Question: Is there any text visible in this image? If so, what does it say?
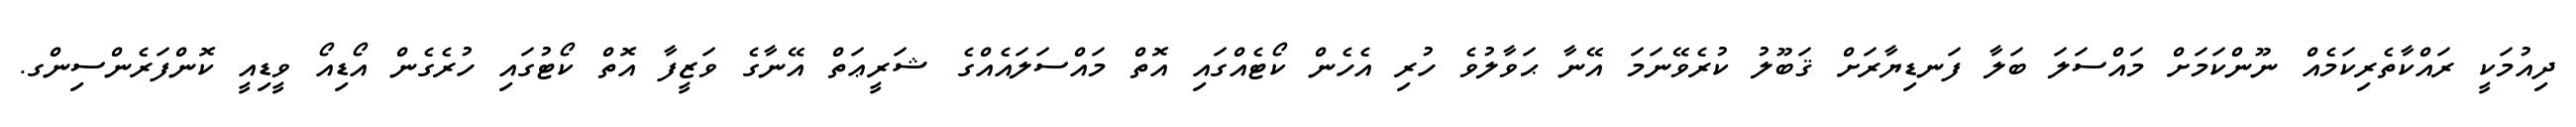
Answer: ދިއުމަކީ ރައްކާތެރިކަމެއް ނޫންކަމަށް މައްސަލަ ބަލާ ފަނޑިޔާރަށް ޤަބޫލު ކުރެވޭނަމަ އޭނާ ޙަވާލުވެ ހުރި އެހެން ކޯޓެއްގައި އޮތް މައްސަލައެއްގެ ޝަރީޢަތް އޭނާގެ ވަޒީފާ އޮތް ކޯޓުގައި ހުރެގެން އޯޑިއޯ ވީޑިއީ ކޮންފަރެންސިންގ.